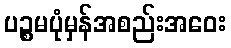
ပဉ္စမပုံမှန်အစည်းအဝေး